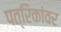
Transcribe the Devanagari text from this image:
पत्रिकांवर